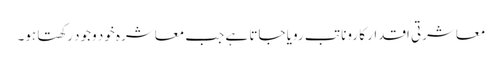
معاشرتی اقدار کا رونا تب رویا جاتا ہے جب معاشرہ خود وجود رکھتا ہو۔